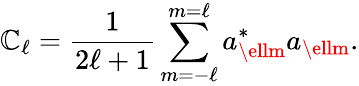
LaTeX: \mathbb{C}_{\ell}={\frac{{1}}{{2\ell+1}}}\sum_{m=-\ell}^{m=\ell}a_{\ellm}^{*}a_{\ellm}.